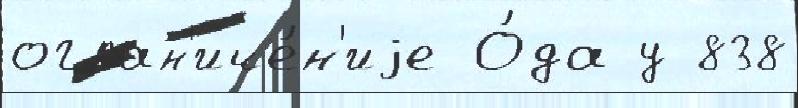
огран'иче́н'иjе О́да у 838